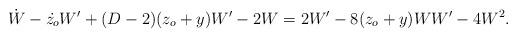
LaTeX: \begin{align*}\dot{W}-\dot{z_{o}}W'+(D-2)(z_{o}+y)W'-2W=2W'-8(z_{o}+y)WW'-4W^{2}.\end{align*}